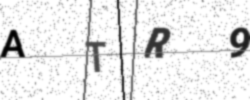
Text: ATR9